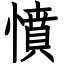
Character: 憤